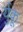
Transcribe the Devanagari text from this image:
र्युकू